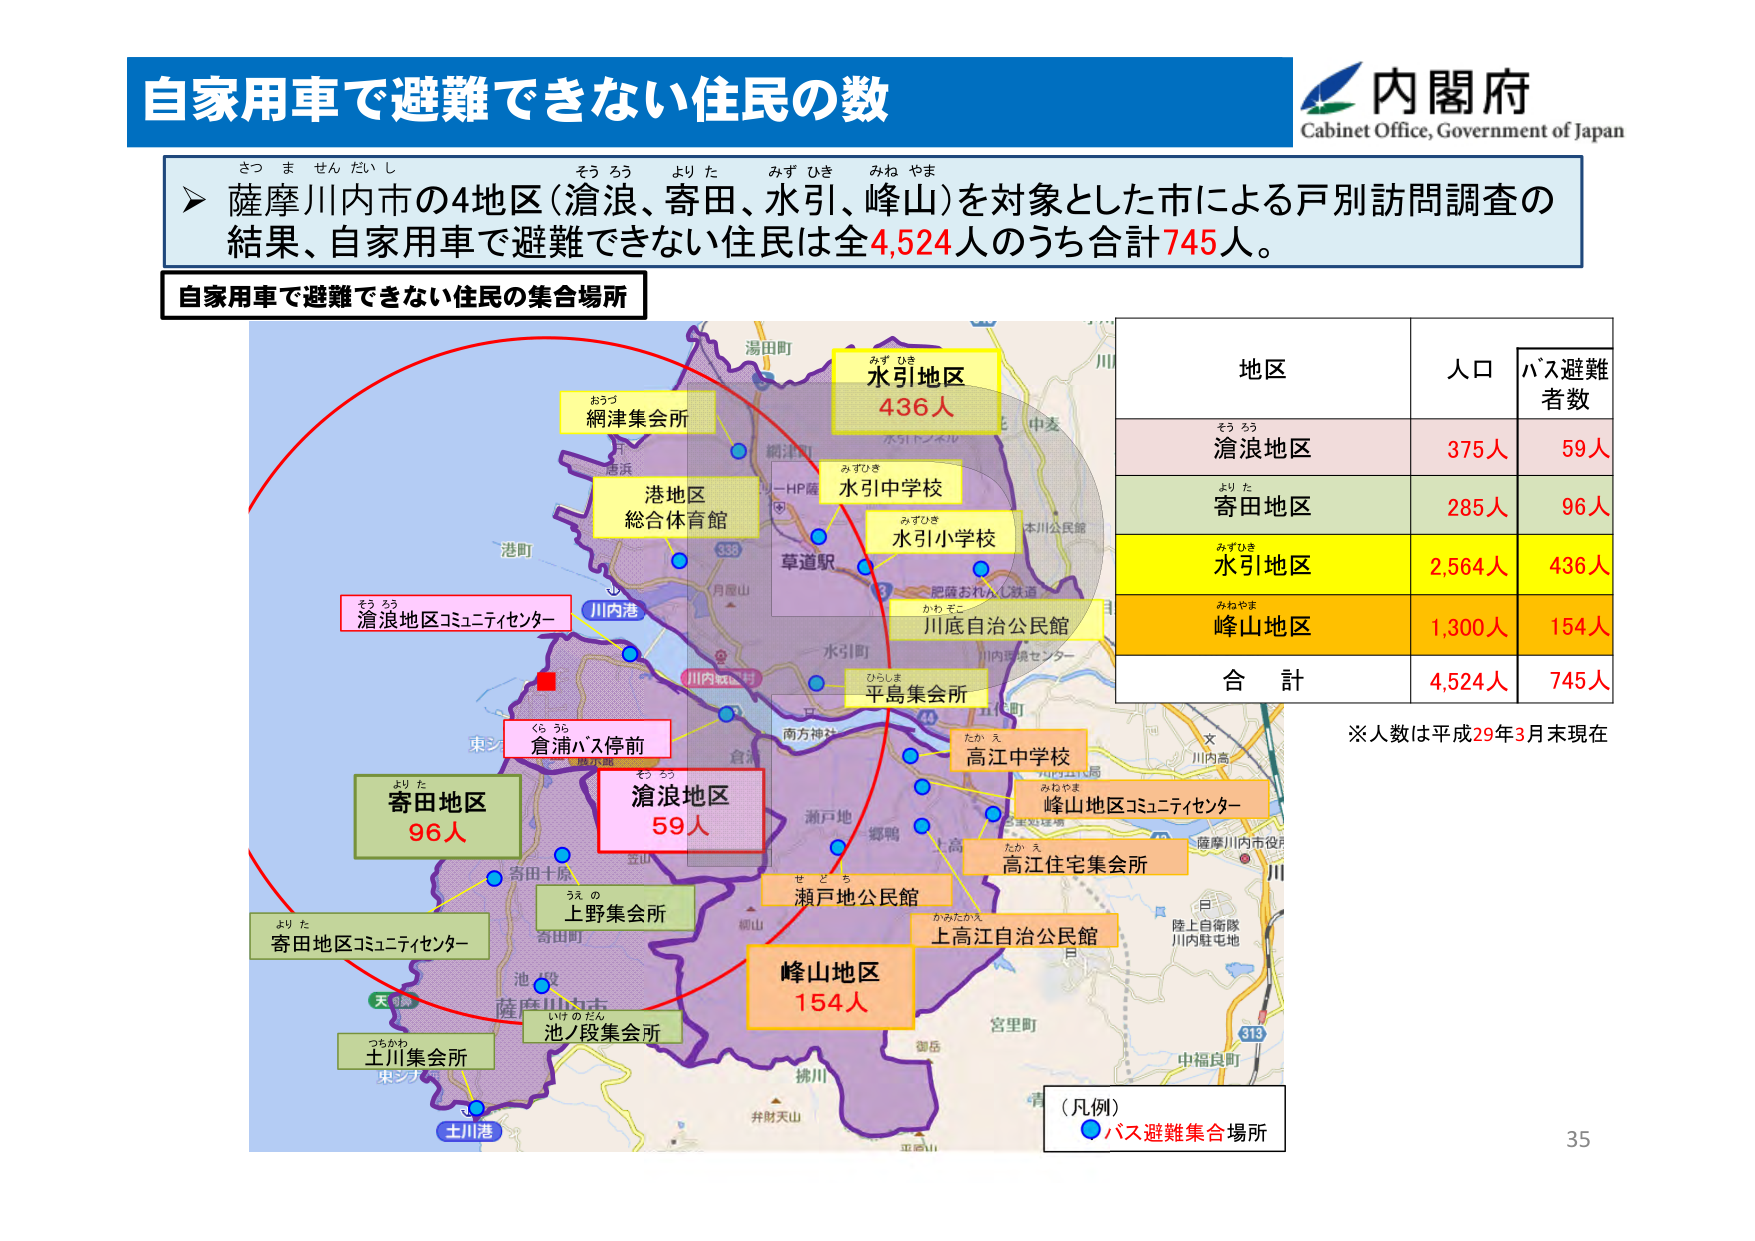
自家用車で避難できない住民の数
内閣府
Cabinet Office, Government of Japan

さつ ま せん だい し そう ろう より た みず ひき みね やま
薩摩川内市の4地区（滄浪、寄田、水引、峰山）を対象とした市による戸別訪問調査の
結果、自家用車で避難できない住民は全4,524人のうち合計745人。

自家用車で避難できない住民の集合場所

地区 人口 バス避難者数
そう ろう
滄浪地区 375人 59人
より た
寄田地区 285人 96人
みずひき
水引地区 2,564人 436人
みねやま
峰山地区 1,300人 154人
合 計 4,524人 745人

※人数は平成29年3月末現在

（凡例）
● バス避難集合場所

おうづ
網津集会所
港地区
総合体育館
そう ろう
滄浪地区コミュニティセンター
くらうら
倉浦バス停前
より た
寄田地区
96人
より た
寄田地区コミュニティセンター
うえ の
上野集会所
つちかわ
土川集会所
そう ろう
滄浪地区
59人
みずひき
水引地区
436人
みずひき
水引中学校
みずひき
水引小学校
かわ そこ
川底自治公民館
ひらしま
平島集会所
たか え
高江中学校
みねやま
峰山地区コミュニティセンター
たか え
高江住宅集会所
せ ど ち
瀬戸地公民館
かみたかえ
上高江自治公民館
峰山地区
154人
池ノ段集会所

35